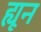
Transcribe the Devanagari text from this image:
ह्यून